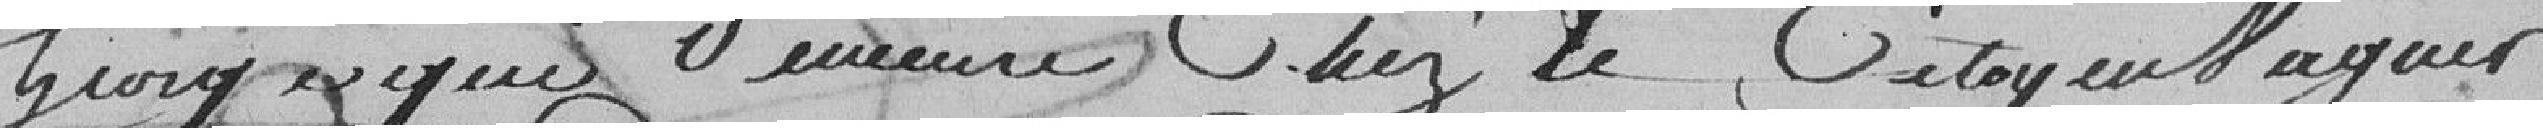
GIORG?? qui demeure chez le citoyen NAGUER?